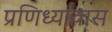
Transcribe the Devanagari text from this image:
प्रणिध्यावास